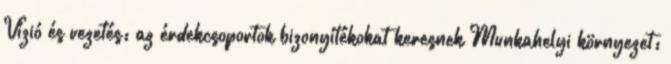
Vízió és vezetés: az érdekcsoportok bizonyítékokat keresnek Munkahelyi környezet: